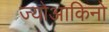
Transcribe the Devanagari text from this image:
ज्योआकिनो